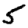
Digit: 5